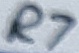
Text: R7